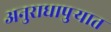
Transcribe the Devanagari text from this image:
अनुराधापुऱ्यात